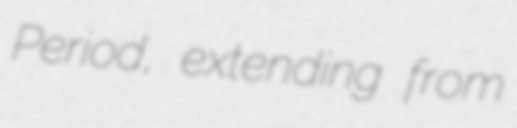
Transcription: Period, extending from